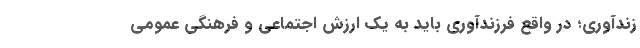
زندآوری؛ در واقع فرزندآوری باید به یک ارزش اجتماعی و فرهنگی عمومی